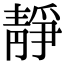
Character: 靜